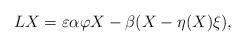
LaTeX: \begin{align*} LX = \varepsilon\alpha\varphi X - \beta(X - \eta(X)\xi), \end{align*}